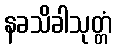
နခသိခါသုတ္တံ